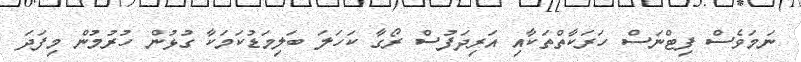
ނަމަވެސް ފިޓްނަސް ހަރަކާތްތަކާއި އަރިދަފުސް ރޯގާ ކަހަލަ ބަލިމަޑުކަމަކާ ގުޅުން ހުރުމުން މިފަދަ